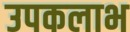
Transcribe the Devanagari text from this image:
उपकलाभ